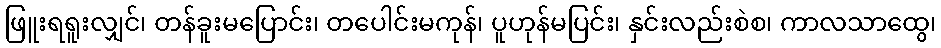
ဖြူးရရူးလျှင်၊ တန်ခူးမပြောင်း၊ တပေါင်းမကုန်၊ ပူဟုန်မပြင်း၊ နှင်းလည်းစဲစ၊ ကာလသာထွေ၊